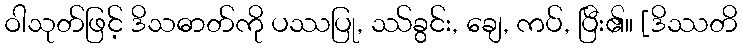
ဝါသုတ်ဖြင့် ဒိသဓာတ်ကို ပဿပြု, ဿ်ခွင်း, ချေ, ကပ်, ပြီး၏။ [ဒိဿတိ